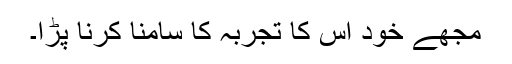
مجھے خود اس کا تجربہ کا سامنا کرنا پڑا۔